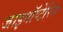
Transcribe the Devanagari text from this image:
जाइगॉप्टेरिस